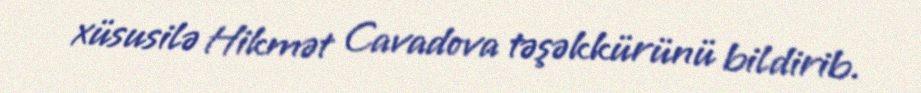
xüsusilə Hikmət Cavadova təşəkkürünü bildirib.